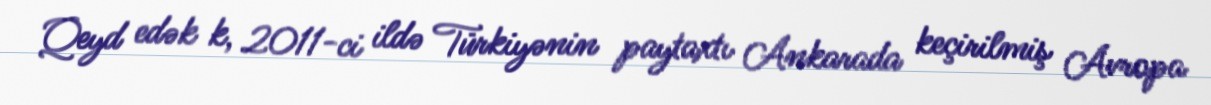
Qeyd edək k, 2011-ci ildə Türkiyənin paytaxtı Ankarada keçirilmiş Avropa